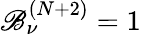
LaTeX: \mathscr{B}_{\nu}^{(N+2)}=1